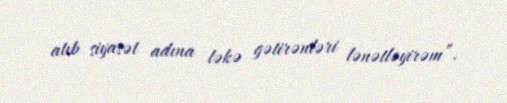
atıb siyasət adına ləkə gətirənləri lənətləyirəm”.